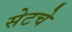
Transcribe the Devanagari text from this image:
सेटचे